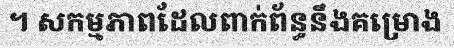
។ សកម្មភាពដែលពាក់ព័ន្ធនឹងគម្រោង